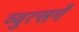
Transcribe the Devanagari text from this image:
व्युत्सगँ